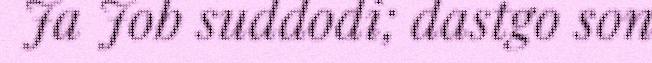
Ja Job suddodi; dastgo son